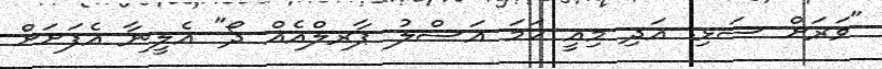
"ވަރަށް ސަޅި. އަދި މިއީ ހަމަ އަސްލު ޕާރލްއެއް ދޯ" އެލީނާ އެފަށަށް